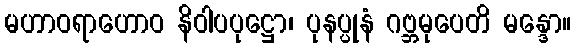
မဟာဝရာဟောဝ နိဝါပပုဋ္ဌော၊ ပုနပ္ပုနံ ဂဗ္ဘမုပေတိ မန္ဒော။